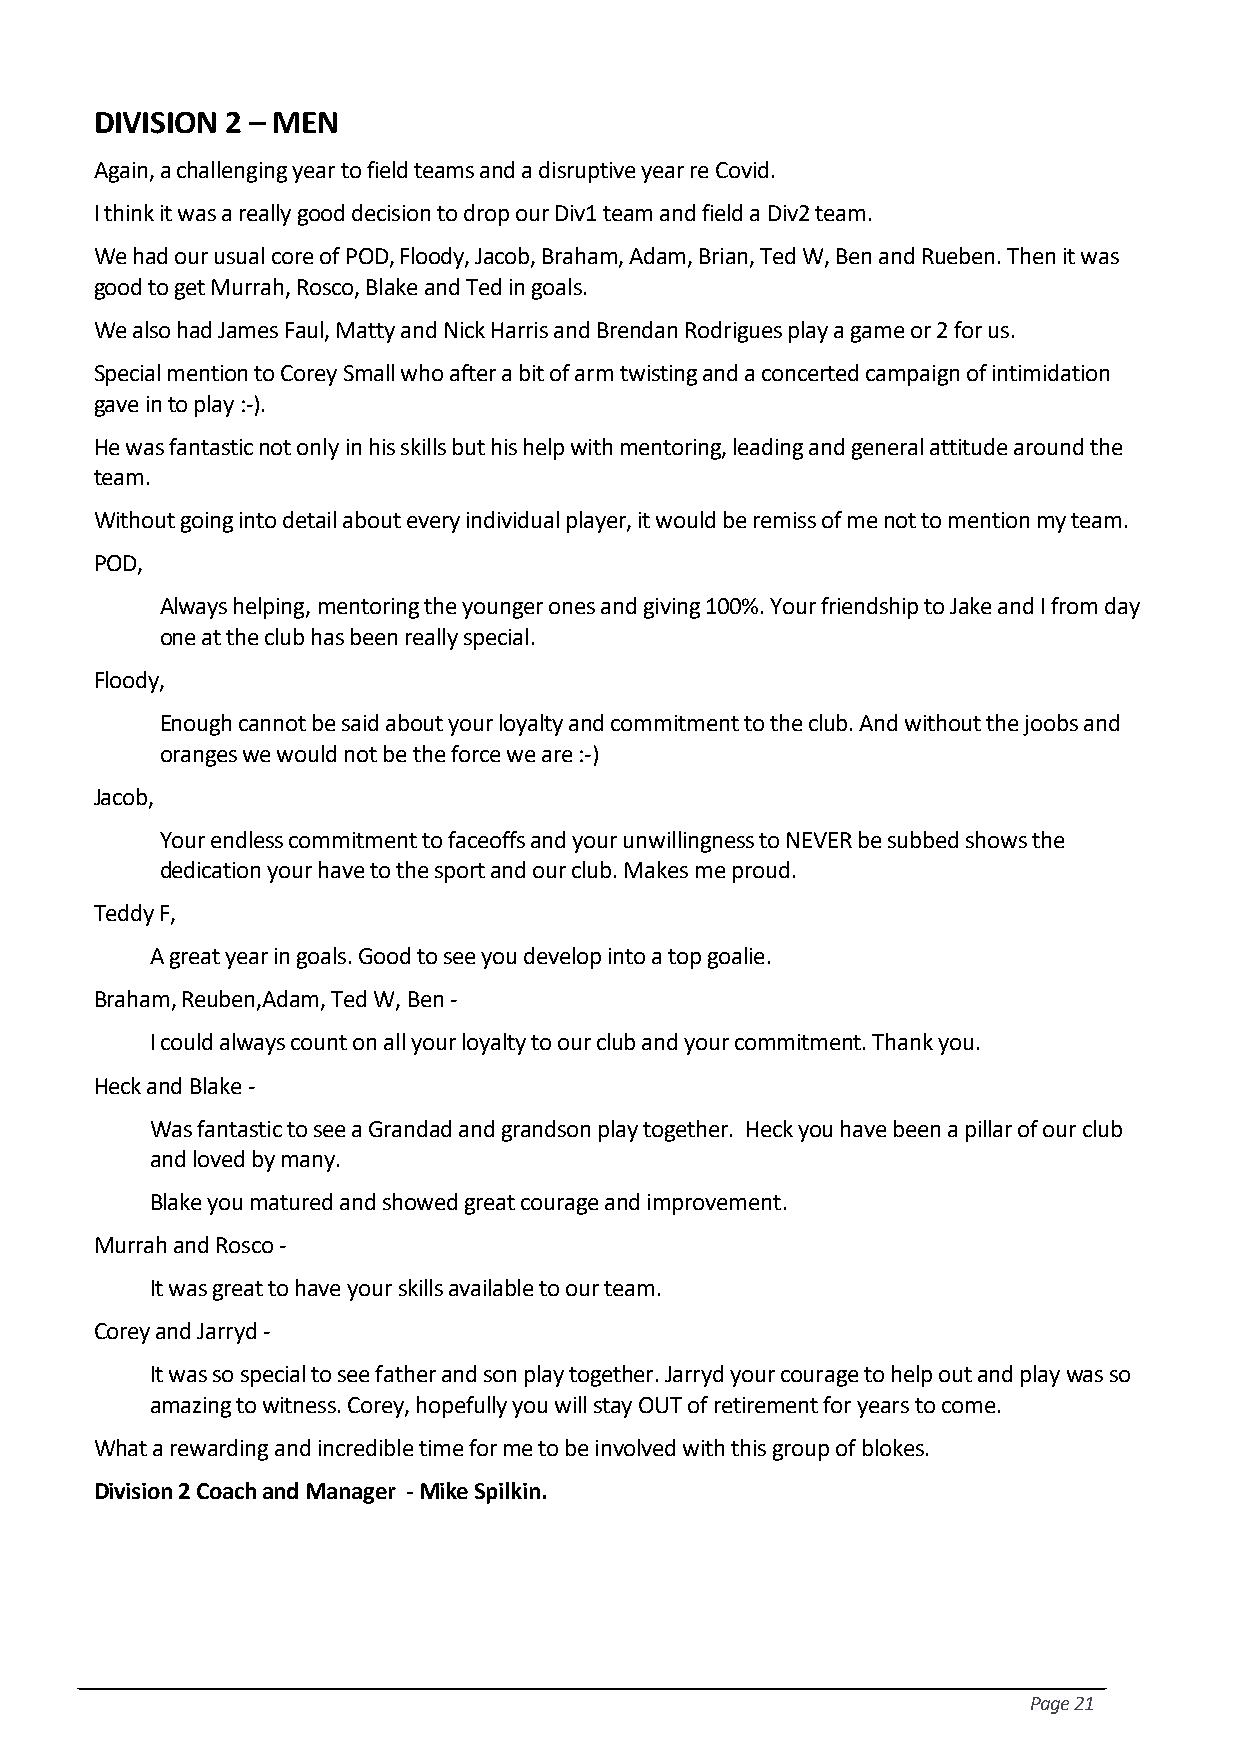
DIVISION 2 – MEN
 Again, a challenging year to field teams and a disruptive year re Covid.
 I think it was a really good decision to drop our Div1 team and field a Div2 team.
 We had our usual core of POD, Floody, Jacob, Braham, Adam, Brian, Ted W, Ben and Rueben. Then it was
 good to get Murrah, Rosco, Blake and Ted in goals.
 We also had James Faul, Matty and Nick Harris and Brendan Rodrigues play a game or 2 for us.
 Special mention to Corey Small who after a bit of arm twisting and a concerted campaign of intimidation
 gave in to play :-).
 He was fantastic not only in his skills but his help with mentoring, leading and general attitude around the
 team.
 Without going into detail about every individual player, it would be remiss of me not to mention my team.
 POD,
 Always helping, mentoring the younger ones and giving 100%. Your friendship to Jake and I from day
 one at the club has been really special.
 Floody,
 Enough cannot be said about your loyalty and commitment to the club. And without the joobs and
 oranges we would not be the force we are :-)
 Jacob,
 Your endless commitment to faceoffs and your unwillingness to NEVER be subbed shows the
 dedication your have to the sport and our club. Makes me proud.
 Teddy F,
 A great year in goals. Good to see you develop into a top goalie.
 Braham, Reuben,Adam, Ted W, Ben -
 I could always count on all your loyalty to our club and your commitment. Thank you.
 Heck and Blake -
 Was fantastic to see a Grandad and grandson play together. Heck you have been a pillar of our club
 and loved by many.
 Blake you matured and showed great courage and improvement.
 Murrah and Rosco -
 It was great to have your skills available to our team.
 Corey and Jarryd -
 It was so special to see father and son play together. Jarryd your courage to help out and play was so
 amazing to witness. Corey, hopefully you will stay OUT of retirement for years to come.
 What a rewarding and incredible time for me to be involved with this group of blokes.
 Division 2 Coach and Manager - Mike Spilkin.
 Page 21